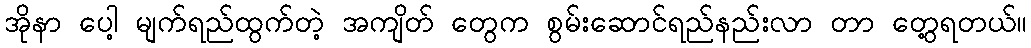
အိုနာ ပေါ့ မျက်ရည်ထွက်တဲ့ အကျိတ် တွေက စွမ်းဆောင်ရည်နည်းလာ တာ တွေ့ရတယ်။